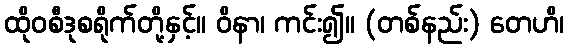
ထိုဝစီဒုစရိုက်တို့နှင့်။ ဝိနာ၊ ကင်း၍။ (တစ်နည်း) တေဟိ၊